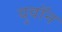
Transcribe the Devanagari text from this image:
युवॉन